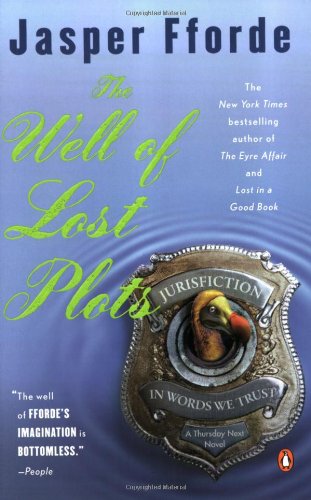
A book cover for The Well of Lost Plots (Thursday Next Series); Jasper Fforde; Literature & Fiction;